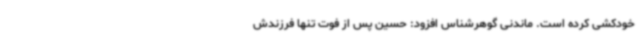
خودکشی کرده است. ماندنی گوهرشناس افزود: حسین پس از فوت تنها فرزندش